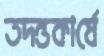
তদন্তকার্যে